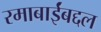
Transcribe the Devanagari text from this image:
रमाबाईंबद्दल